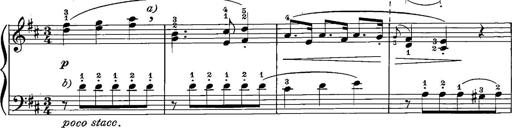
Title: 12 Sonatinas
Composer: Ignaz Pleyel